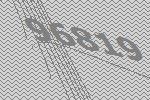
96819